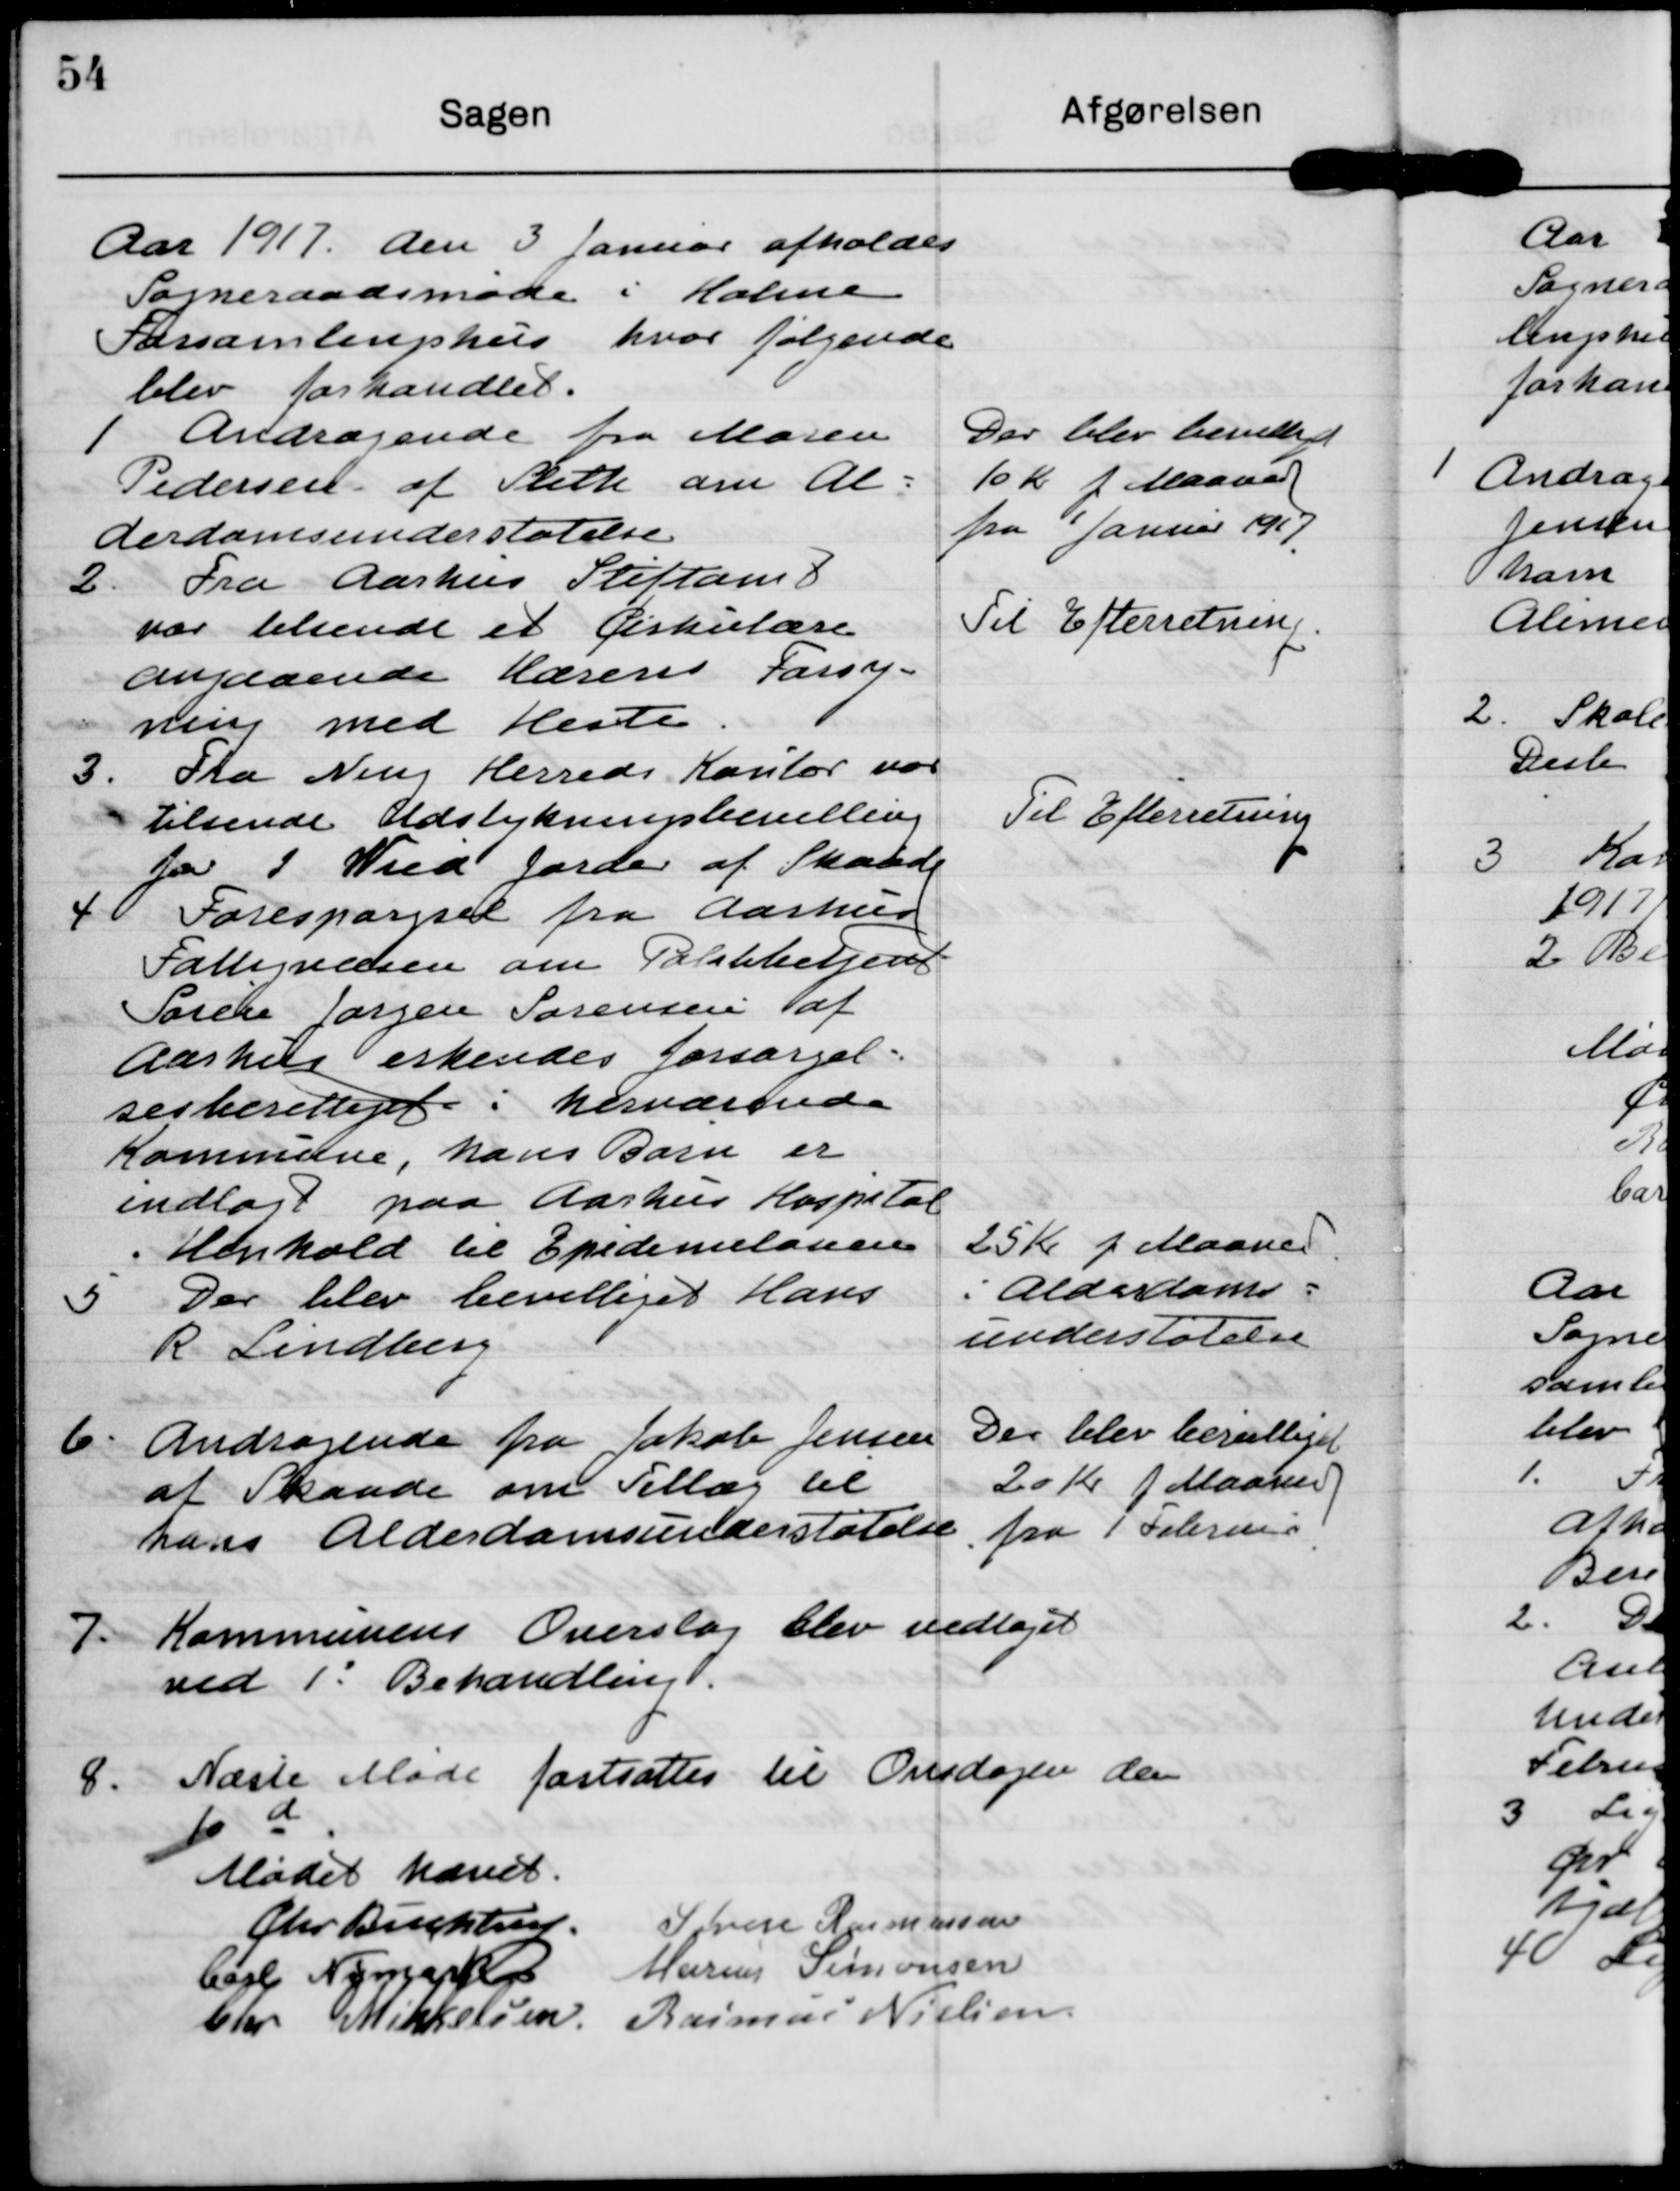
Transskription:
Aar 1917 den 3 Januar afholdes
Sogneraadsmøde i Holme
Forsamlingshus hvor følgende
blev forhandlet

1 Andragende fra Maren
Pedersen af Sleth om Al-
derdomsunderstøtelse

Der blev bevilliget
10 Kr p Maaned
fra 1 Januar 1917

2. Fra Aarhus Stiftamt
var tilsendt et Cirkulære
angaaende Hærens Forsy-
ning med Heste

Til Efterretning

3. Fra ning Herreds Kontor var
tilsendt Udstykningsbevilling
for I Wied Jorder af Skaade

Til Efterretning

4. Forespørgsel fra Aarhus
Fattigvæsen om Polakbetjent
Søren Jørgen Sørensen af
Aarhus erkendes forsørgel-
sesberettiget i herværende
Kommune, hans Børn er
indlagt paa Aarhus Hospital
Henhold til Epidemiloven

5 Der blev bevilliget Hans
R Lindberg

25 Kr p Maaned
i Alderdoms-
understøtelse

6. Andragende fra Jakob Jensen
af Skaade om Tillæg til
hans Alderdomsunderstøtelse

Der blev bevilliget
20 Kr p Maaned
fra 1 Februar

7. Kommunens Overslag blev vedtaget
ved 1' Behandling.

8. Næste Møde fastsættes til Onsdagen den
10 d

Mødet hævet

Chr Buchtrup

Søren Rasmussen

Carl Nymark

Marius Simonsen

Chr Mikkelsen

Rasmus Nielsen